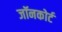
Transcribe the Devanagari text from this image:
जॉनकोर्ट